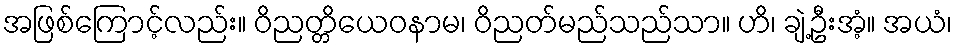
အဖြစ်ကြောင့်လည်း။ ဝိညတ္တိယေဝနာမ၊ ဝိညတ်မည်သည်သာ။ ဟိ၊ ချဲ့ဦးအံ့။ အယံ၊